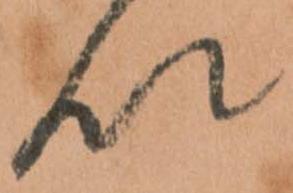
以